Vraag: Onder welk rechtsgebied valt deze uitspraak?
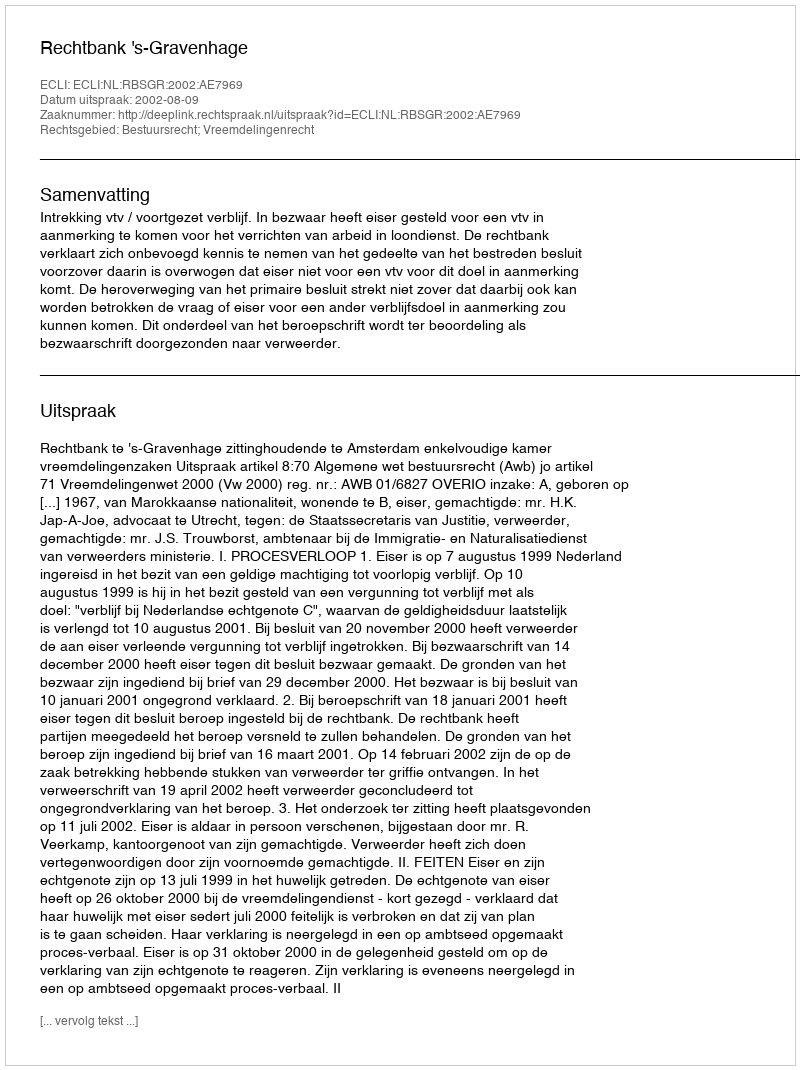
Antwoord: Bestuursrecht; Vreemdelingenrecht